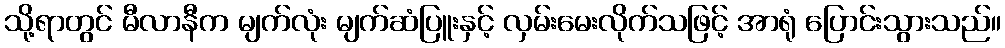
သို့ရာတွင် မီလာနီက မျက်လုံး မျက်ဆံပြူးနှင့် လှမ်းမေးလိုက်သဖြင့် အာရုံ ပြောင်းသွားသည်။